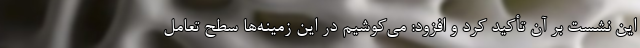
این نشست بر آن تأکید کرد و افزود: می‌کوشیم در این زمینه‌ها سطح تعامل